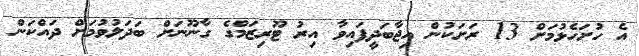
އެ ހުށަހެޅުމަށް 13 ރަށަކުން އިޖާބަދީފައިވާ އިރު ޓޫރިޒަމްގެ ގާނޫނަށް ބަދަލުވުމަށް ދައްކަން